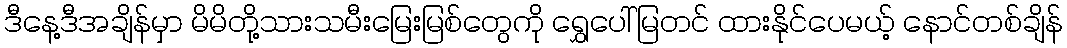
ဒီနေ့ဒီအချိန်မှာ မိမိတို့သားသမီးမြေးမြစ်တွေကို ရွှေပေါ်မြတင် ထားနိုင်ပေမယ့် နောင်တစ်ချိန်